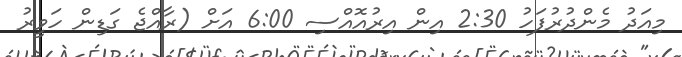
މިއަދު މެންދުރުފަހު 2:30 އިން އިރުއޮއްސި 6:00 އަށް (ރާއްޖެ ގަޑިން ހަވީރު